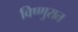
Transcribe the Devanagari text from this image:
विष्णुरात